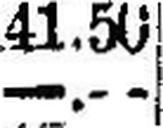
—.—